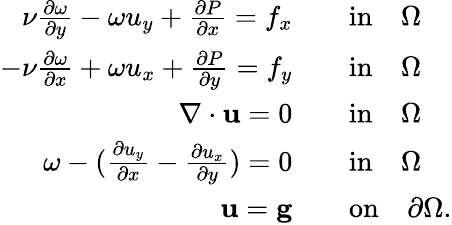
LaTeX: \begin{array}{rl}{\nu\frac{\partial\omega}{\partial y}-\omega u_{y}+\frac{\partial P}{\partial x}=f_{x}\quad}&{\textup{in}\quad\Omega}\\ {-\nu\frac{\partial\omega}{\partial x}+\omega u_{x}+\frac{\partial P}{\partial y}=f_{y}\quad}&{\textup{in}\quad\Omega}\\ {\nabla\cdot\textbf{u}=0\quad}&{\textup{in}\quad\Omega}\\ {\omega-(\frac{\partial u_{y}}{\partial x}-\frac{\partial u_{x}}{\partial y})=0\quad}&{\textup{in}\quad\Omega}\\ {\textbf{u}=\textbf{g}\quad}&{\textup{on}\quad\partial\Omega.}\end{array}